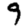
Digit: 9